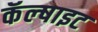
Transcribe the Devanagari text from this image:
कॅल्षाइट